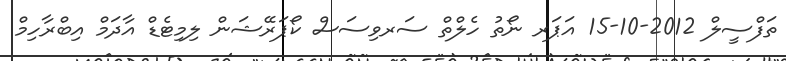
ތަފްސީލް 2012-10-15 އަޕަރ ނޯތު ހެލްތް ސަރވިސަސް ކޯޕަރޭޝަން ލިމިޓެޑް އާދަމް އިބްރާހިމް